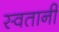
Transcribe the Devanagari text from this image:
स्वतानी